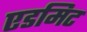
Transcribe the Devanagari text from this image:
एडमिट